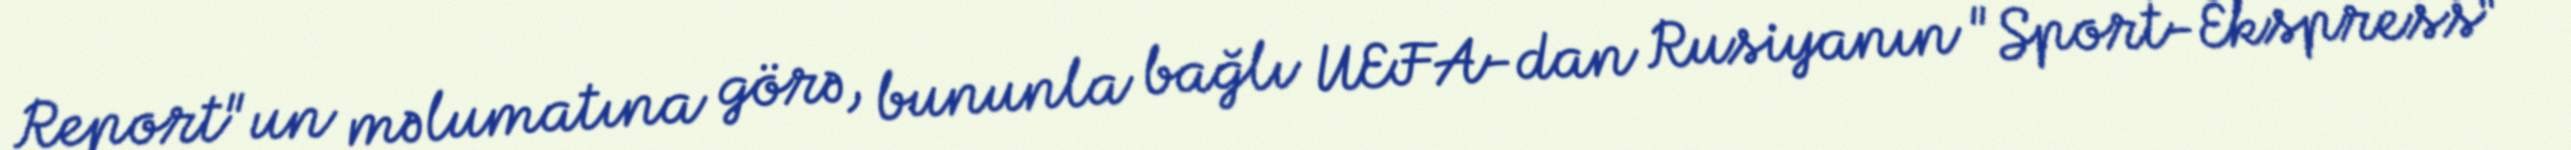
Report"un məlumatına görə, bununla bağlı UEFA-dan Rusiyanın "Sport-Ekspress"